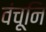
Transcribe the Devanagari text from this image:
वंचूनि